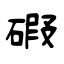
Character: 碬